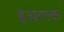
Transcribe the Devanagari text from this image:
इअरएक